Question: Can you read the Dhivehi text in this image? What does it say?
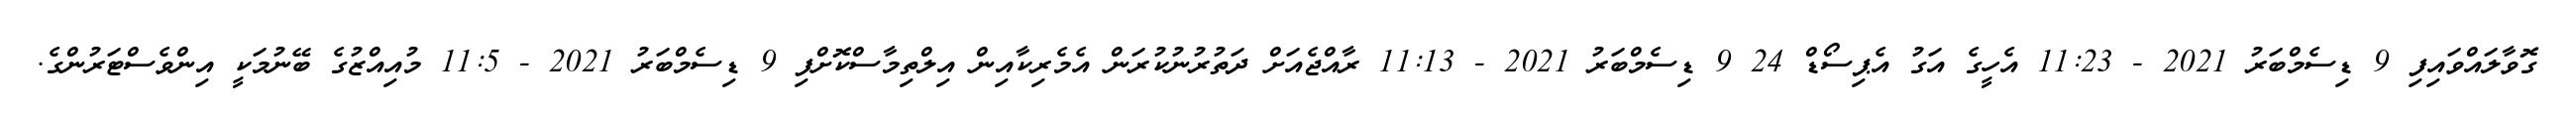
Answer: ގޮވާލައްވައިފި 9 ޑިސެމްބަރު 2021 - 11:23 އެހީގެ އަގު އެޕިސޯޑް 24 9 ޑިސެމްބަރު 2021 - 11:13 ރާއްޖެއަށް ދަތުރުނުކުރަން އެމެރިކާއިން އިލްތިމާސްކޮށްފި 9 ޑިސެމްބަރު 2021 - 11:5 މުއިއްޒުގެ ބޭނުމަކީ އިންވެސްޓަރުންގެ.